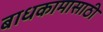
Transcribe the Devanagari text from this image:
बाधकामासाठी